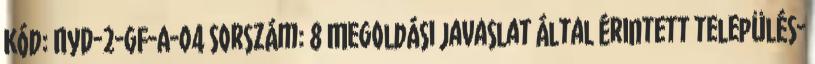
Kód: NyD-2-GF-A-04 Sorszám: 8 Megoldási javaslat által érintett település-